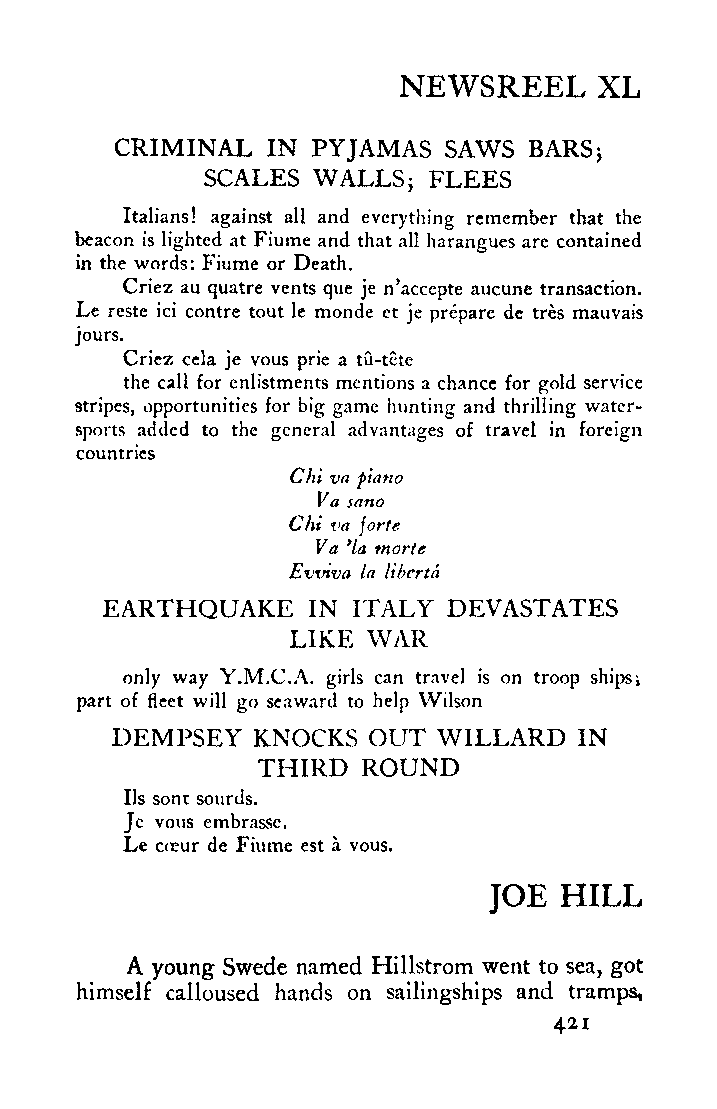
NEWSREEL     XL
 CRIMINAL  IN PYJAMAS SAWS  BARS}
 SCALES WALLS; FLEES
 Italians! against all and everything remember that the
 beacon is lighted at Fiume and that all harangues are contained
 in the words: Fiume or Death.
 Criez au quatre vents que je n'accepte aucune transaction.
 Le reste ici centre tout le monde et je prepare de tres mauvais
 jours.
 Criez cela je vous prie a tu-tcte
 the call for enlistments mentions a chance for gold service
 stripes, opportunities for big game hunting and thrilling water-
 sports added to the general advantages of travel in foreign
 countries
 Chi va fiano
 Va sano
 Chi va
 \orte
 Va yla morte
 Evviva la liberta
 EARTHQUAKE   IN ITALY  DEVASTATES
 WAR
 LIKE
 only way Y.M.C.A. girls can travel is on troop ships;
 part of fleet will go seaward to help Wilson
 DEMPSEY   KNOCKS OUT  WILLARD  IN
 THIRD  ROUND
 Us sont sourds.
 Je vous embrasse.
 Le coeur de Fiume est a vous.
 HILL
 JOE
 A young Swede named Hillstrom went to sea, got
 himself calloused hands on sailingships and tramps,
 421